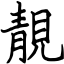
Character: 靚